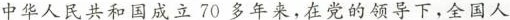
中华人民共和国成立70多年来，在党的领导下，全国人